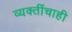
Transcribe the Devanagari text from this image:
व्यक्तींचाही